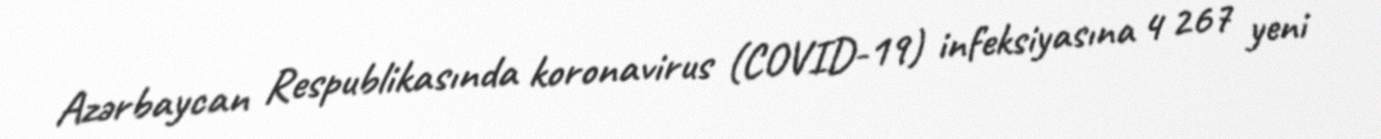
Azərbaycan Respublikasında koronavirus (COVID-19) infeksiyasına 4 267 yeni